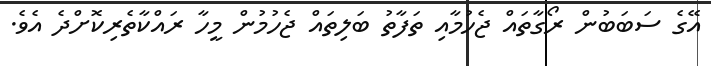
އޭގެ ސަބަބުން ރޯގާތައް ޖެހުމާއި ތަފާތު ބަލިތައް ޖެހުމުން މީހާ ރައްކާތެރިކޮށްދެ އެވެ.